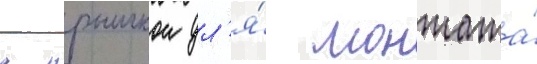
с крышкои дл'я́ монтажа́